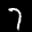
Label: 7